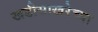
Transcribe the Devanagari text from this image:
खडीसाखरेच्या